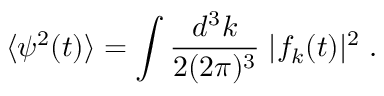
\langle \psi ^ { 2 } ( t ) \rangle = \int \frac { d ^ { 3 } k } { 2 ( 2 \pi ) ^ { 3 } } \; | f _ { k } ( t ) | ^ { 2 } \; .